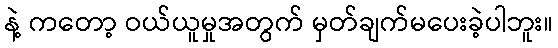
နဲ့ ကတော့ ဝယ်ယူမှုအတွက် မှတ်ချက်မပေးခဲ့ပါဘူး။